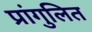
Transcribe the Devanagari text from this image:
प्रांगुलित